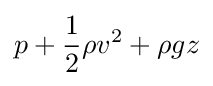
p+{\frac {1}{2}}\rho v^{2}+\rho gz